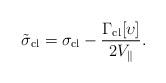
LaTeX: \begin{align*}\tilde{\sigma}_{\rm cl}=\sigma_{\rm cl}-\frac{\Gamma_{\rm cl}[\upsilon]}{ 2 V_{\|} }.\end{align*}